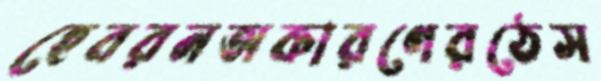
হেবরনঅকারণেরঠেস